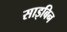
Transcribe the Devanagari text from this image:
साइबिन